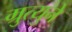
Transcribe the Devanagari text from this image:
म्रुत्युने